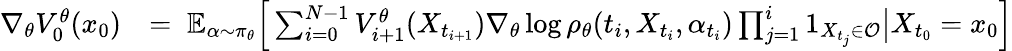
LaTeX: \begin{array}{rl}{\nabla_{\theta}V_{0}^{\theta}(x_{0})}&{=\; \mathbb{E}_{\alpha\sim\pi_{\theta}}\Big[\sum_{i=0}^{N-1}V_{i+1}^{\theta}(X_{t_{i+1}})\nabla_{\theta}\log\rho_{\theta}(t_{i},X_{t_{i}},\alpha_{t_{i}})\prod_{j=1}^{i}1_{X_{t_{j}}\in\mathcal{O}}\big|X_{t_{0}}=x_{0}\Big]}\end{array}